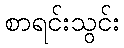
စာရင်းသွင်း